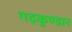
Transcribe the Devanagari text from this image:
गढ़कुण्डार